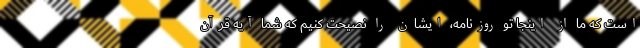
است که ما از اینجا تو روزنامه، ایشان را نصیحت کنیم که شما آیه قرآن